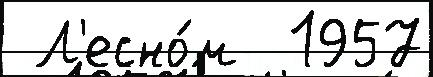
 Л'есно́м  1957